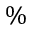
\%